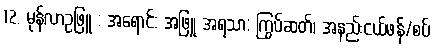
12. မုန်လာဥဖြူ : အရောင်: အဖြူ အရသာ: ကြွပ်ဆတ်၊ အနည်းငယ်ဖန်/စပ်